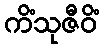
ကိံသုဇီဝိံ